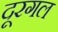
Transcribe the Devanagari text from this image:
दूरगल